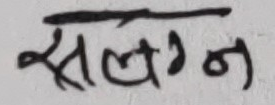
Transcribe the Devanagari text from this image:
सलगन